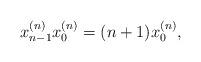
LaTeX: \begin{align*}x_{n-1}^{(n)}x_{0}^{(n)}=(n+1)x_0^{(n)},\end{align*}